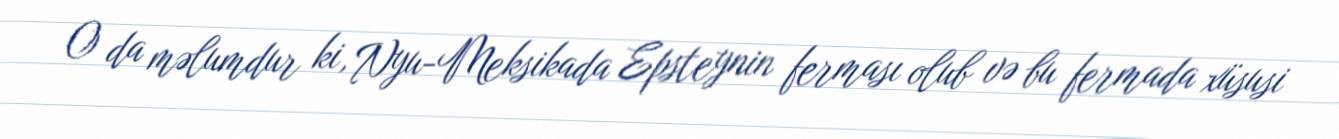
O da məlumdur ki, Nyu-Meksikada Epsteynin ferması olub və bu fermada xüsusi